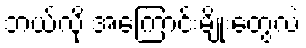
ဘယ်လို အကြောင်းမျိုးတွေလဲ